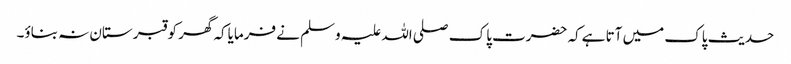
حدیث پاک میں آتا ہےکہ حضرت پاک صلی اللہ علیہ وسلم نے فرمایاکہ گھر کو قبر ستان نہ بناؤ۔